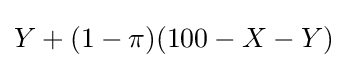
Y+(1-\pi )(100-X-Y)